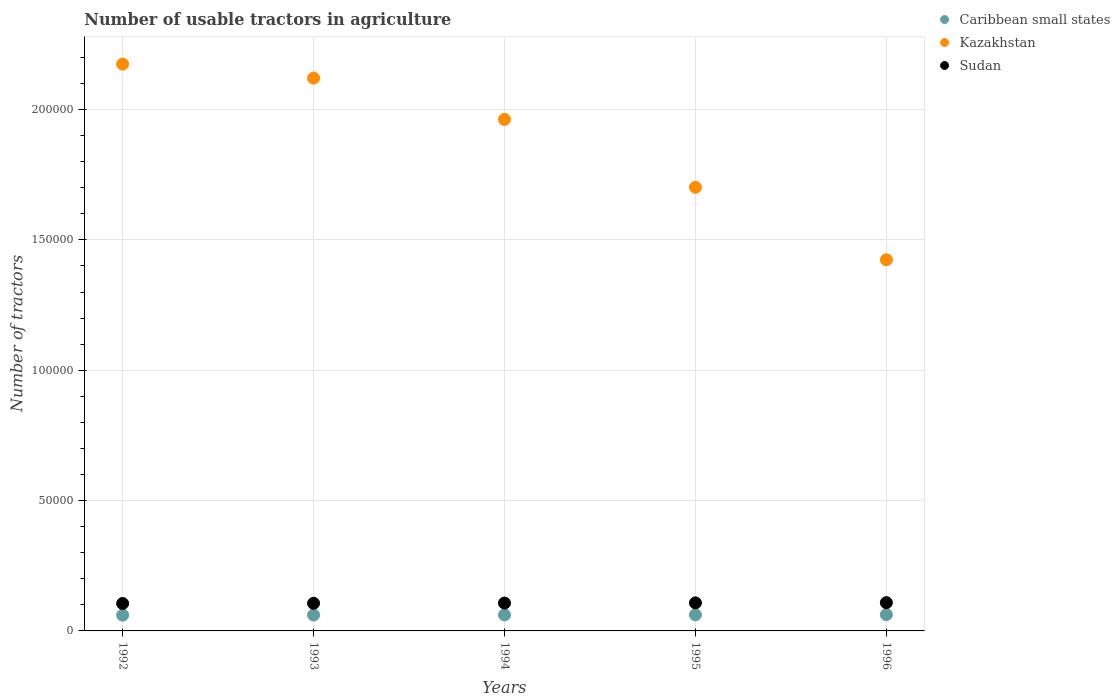
| Years | Caribbean small states | Kazakhstan | Sudan |
 | --- | --- | --- | --- |
 | 1992 | 6.07e+03 | 2.17e+05 | 1.05e+04 |
 | 1993 | 6.1e+03 | 2.12e+05 | 1.06e+04 |
 | 1994 | 6.14e+03 | 1.96e+05 | 1.07e+04 |
 | 1995 | 6.18e+03 | 1.7e+05 | 1.08e+04 |
 | 1996 | 6.25e+03 | 1.42e+05 | 1.08e+04 |